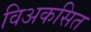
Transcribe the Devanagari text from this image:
विअकसित